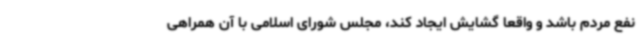
نفع مردم باشد و واقعا گشایش ایجاد کند، مجلس شورای اسلامی با آن همراهی